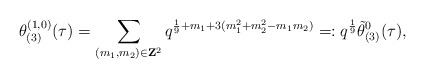
\begin{align*}\theta_{(3)}^{(1,0)}(\tau)=\sum_{(m_1,m_2)\in{\bf Z}^2}q^{\frac{1}{9}+m_1+3(m_1^2+m_2^2-m_1m_2)}=: q^{\frac{1}{9}}{\tilde \theta_{(3)}^{0}}(\tau),\end{align*}